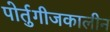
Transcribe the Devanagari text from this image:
पोर्तुगीजकालीन